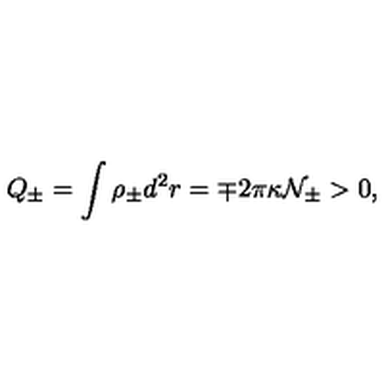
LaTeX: Q _ { \pm } = \int { \rho } _ { \pm } d ^ { 2 } r = { \mp } 2 { \pi } { \kappa } { \cal N } _ { \pm } > 0 ,